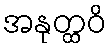
အနုတ္ထဝိ